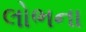
લોભના